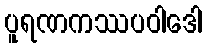
ပူရဏကဿပဝါဒေါ